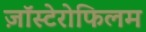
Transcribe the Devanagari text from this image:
ज़ॉस्टेरोफिलम